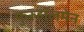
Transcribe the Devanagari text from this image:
फुरुहॉलमेन